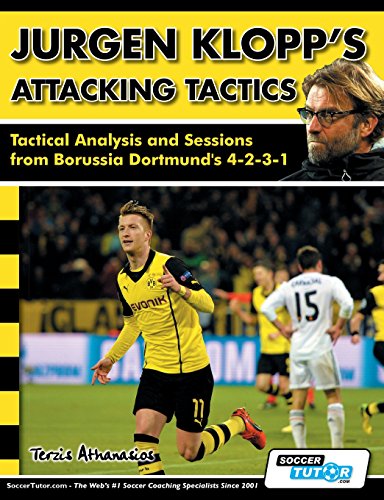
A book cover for Jurgen Klopp's Attacking Tactics - Tactical Analysis and Sessions from Borussia Dortmund's 4-2-3-1; Athanasios Terzis; Sports & Outdoors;